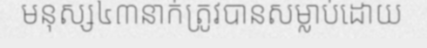
មនុស្ស៤៣នាក់ត្រូវបានសម្លាប់ដោយ